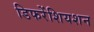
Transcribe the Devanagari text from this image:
डिफरेंशियशन